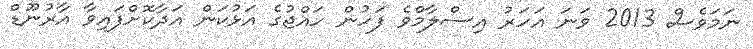
ނަމަވެސް 2013 ވަނަ އަހަރު އިސްލާމްވެ ފަހުން ހައްޖުގެ އަޅުކަން އަދާކޮށްފައިވާ އާރުނޫޑް